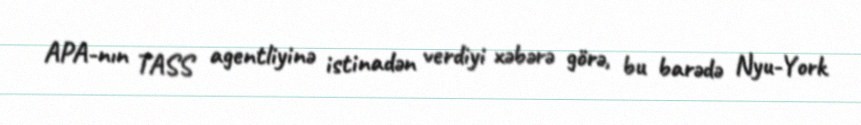
APA-nın TASS agentliyinə istinadən verdiyi xəbərə görə, bu barədə Nyu-York